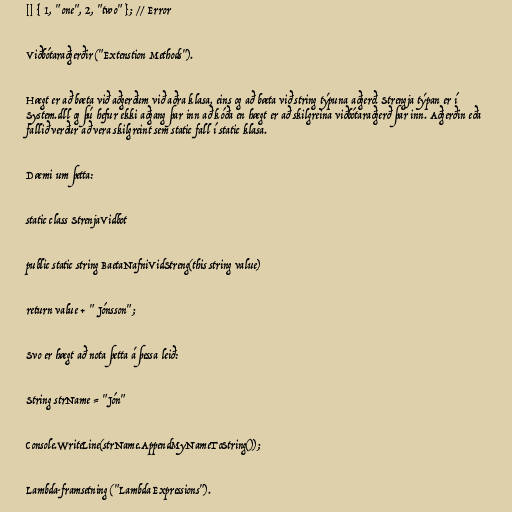
[] { 1, "one", 2, "two" }; // Error

Viðbótaraðgerðir ("Extenstion Methods").

Hægt er að bæta við aðgerðum við aðra klasa, eins og að bæta við string týpuna aðgerð. Strengja týpan er í
System.dll og þú hefur ekki aðgang þar inn að kóða en hægt er að skilgreina viðbótaraðgerð þar inn. Aðgerðin eða
fallið verður að vera skilgreint sem static fall í static klasa.

Dæmi um þetta:

static class StrenjaVidbot

public static string BaetaNafniVidStreng(this string value)

return value + " Jónsson";

Svo er hægt að nota þetta á þessa leið:

String strName = "Jón"

Console.WriteLine(strName.AppendMyNameToString());

Lambda-framsetning ("Lambda Expressions").